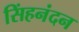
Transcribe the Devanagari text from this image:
सिंहनंदन